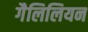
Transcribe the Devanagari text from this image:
गैलिलियन